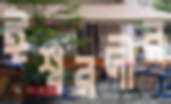
ঈশ্বরদীর